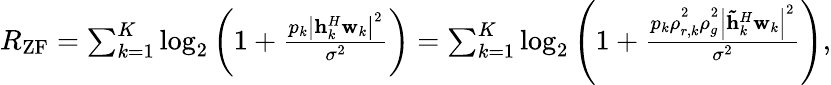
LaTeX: \begin{array}{r}{{R_{\mathrm{{ZF}}}}=\sum_{k=1}^{K}{{{\log}_{2}}\left({1+\frac{{{p_{k}}{{\left|{{\mathbf{h}}_{k}^{H}{{\mathbf{w}}_{k}}}\right|}^{2}}}}{{{\sigma^{2}}}}}\right)}=\sum_{k=1}^{K}{{{\log}_{2}}\left({1+\frac{{{p_{k}}\rho_{r,k}^{^2}\rho_{g}^{^2}{{\left|{{\mathbf{\tilde{h}}}_{k}^{H}{{\mathbf{w}}_{k}}}\right|}^{2}}}}{{{\sigma^{2}}}}}\right)},}\end{array}